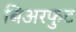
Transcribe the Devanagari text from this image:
बिअरफुट